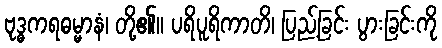
ဗုဒ္ဓကရဓမ္မာနံ၊ တို့၏။ ပရိပူရိကာတိ၊ ပြည့်ခြင်း ပွားခြင်းကို